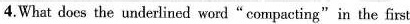
4.What does the underlincd word"compacting"in the first